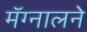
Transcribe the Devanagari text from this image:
मॅग्नालने